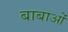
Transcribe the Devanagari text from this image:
बाबाओं